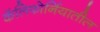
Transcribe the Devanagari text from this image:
कॅलिफाेर्नियातील